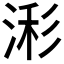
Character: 𰜄